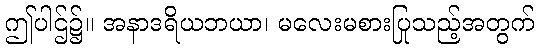
ဤပါဌ်၌။ အနာဒရိယဘယာ၊ မလေးမစားပြုသည့်အတွက်